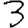
Digit: 3